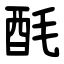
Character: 酕